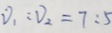
V _ { 1 } : V _ { 2 } = 7 : 5